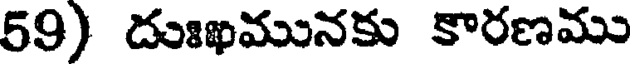
59) దుఃఖమునకు కారణము